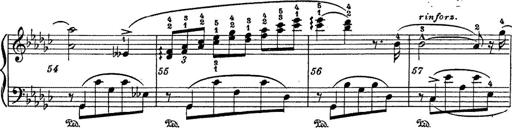
Title: 6 Polish Songs
Composer: Franz Liszt